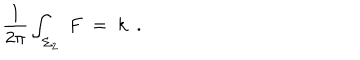
LaTeX: { \frac { 1 } { 2 \pi } } \int _ { \Sigma _ { 2 } } \; F \; = \; k \ \ .